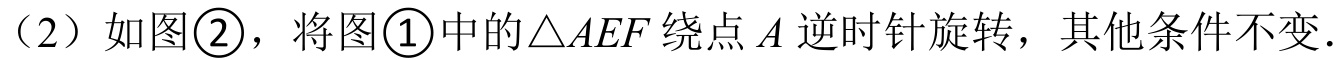
（2）如图\textcircled{2}，将图\textcircled{1}中的\(\triangle AEF\)绕点\(A\)逆时针旋转，其他条件不变.